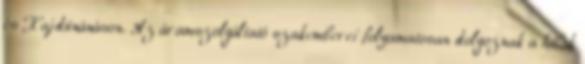
és Hajdúnánáson. Az áramszolgáltató szakemberei folyamatosan dolgoznak a hibák